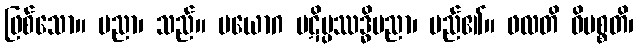
ဖြစ်သော။ ပညာ၊ သည်။ ပယောဂ ပဋိပ္ပဿဒ္ဓိပညာ၊ မည်၏။ ဖလတိ ဝိပစ္စတိ၊